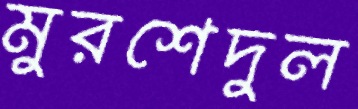
মুরশেদুল